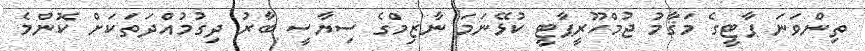
ތިންވަނަ ޕާޓީގެ މަޤާމު ޖުމްހޫރީޕާޓީ ކުޅޭނަމަ ނާޒިމްގެ ސިޔާސީ ބާރު ދިގުމުއްދަތަކަށް ކޮންމެ